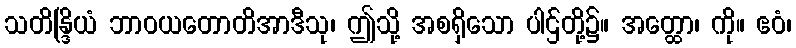
သတိန္ဒြိယံ ဘာဝယတောတိအာဒီသု၊ ဤသို့ အစရှိသော ပါဌ်တို့၌။ အတ္ထော၊ ကို။ ဧဝံ၊